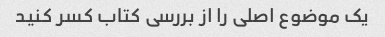
یک موضوع اصلی را از بررسی کتاب کسر کنید